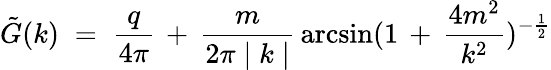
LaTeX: {\tilde{G}}(k)\; =\; \frac{q}{4\pi}\, +\, \frac{m}{2\pi\mid k\mid}\, \arcsin(1\, +\, \frac{4m^{2}}{k^{2}})^{-\frac{1}{2}}